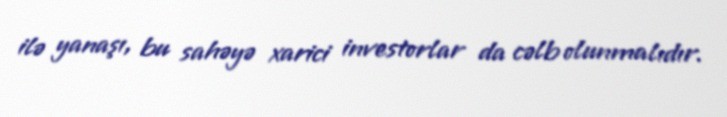
ilə yanaşı, bu sahəyə xarici investorlar da cəlb olunmalıdır.